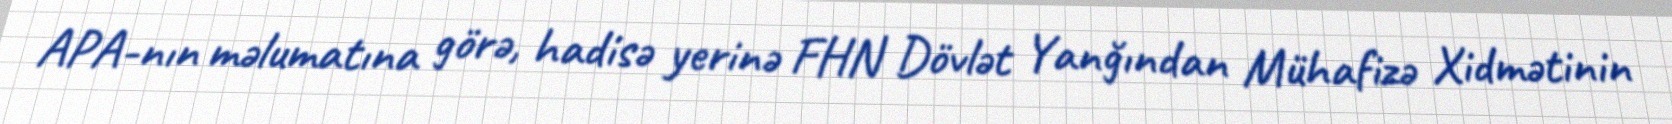
APA-nın məlumatına görə, hadisə yerinə FHN Dövlət Yanğından Mühafizə Xidmətinin